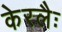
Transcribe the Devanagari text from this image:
केरलैः